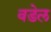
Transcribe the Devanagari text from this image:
वडेल